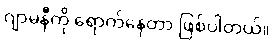
ဂျာမနီကို ရောက်နေတာ ဖြစ်ပါတယ်။